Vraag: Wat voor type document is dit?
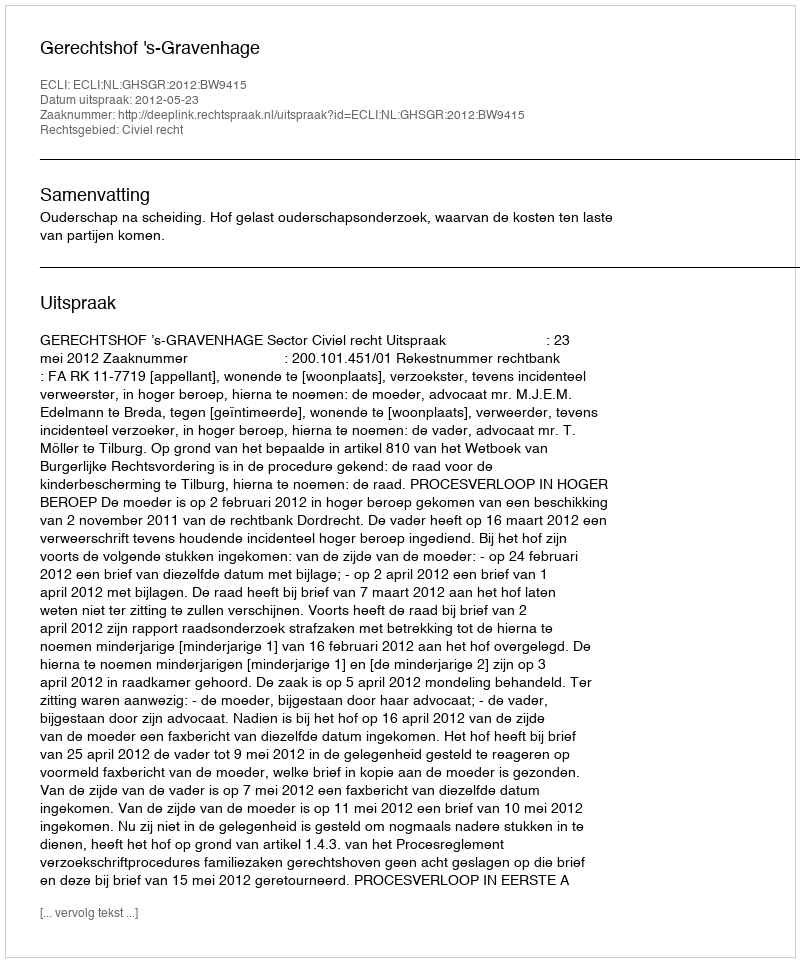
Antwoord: Uitspraak